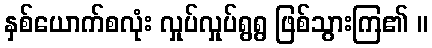
နှစ်ယောက်စလုံး လှုပ်လှုပ်ရွရွ ဖြစ်သွားကြ၏ ။